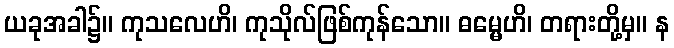
ယခုအခါ၌။ ကုသလေဟိ၊ ကုသိုလ်ဖြစ်ကုန်သော။ ဓမ္မေဟိ၊ တရားတို့မှ။ န